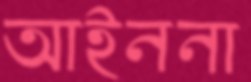
আইননা